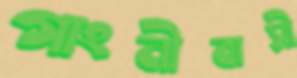
গাংনীবাসী